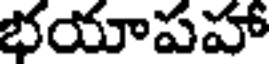
భయాపహా